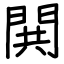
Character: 閧